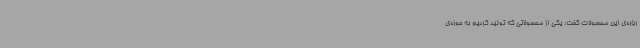
رباره‌ی این محصولات گفت: یکی از محصولاتی که تولید کردیم به حوزه‌ی